NAE_ERA_R-2324_Eesti_Vabariigi_Pohiseaduslik_Assamblee, lk 85
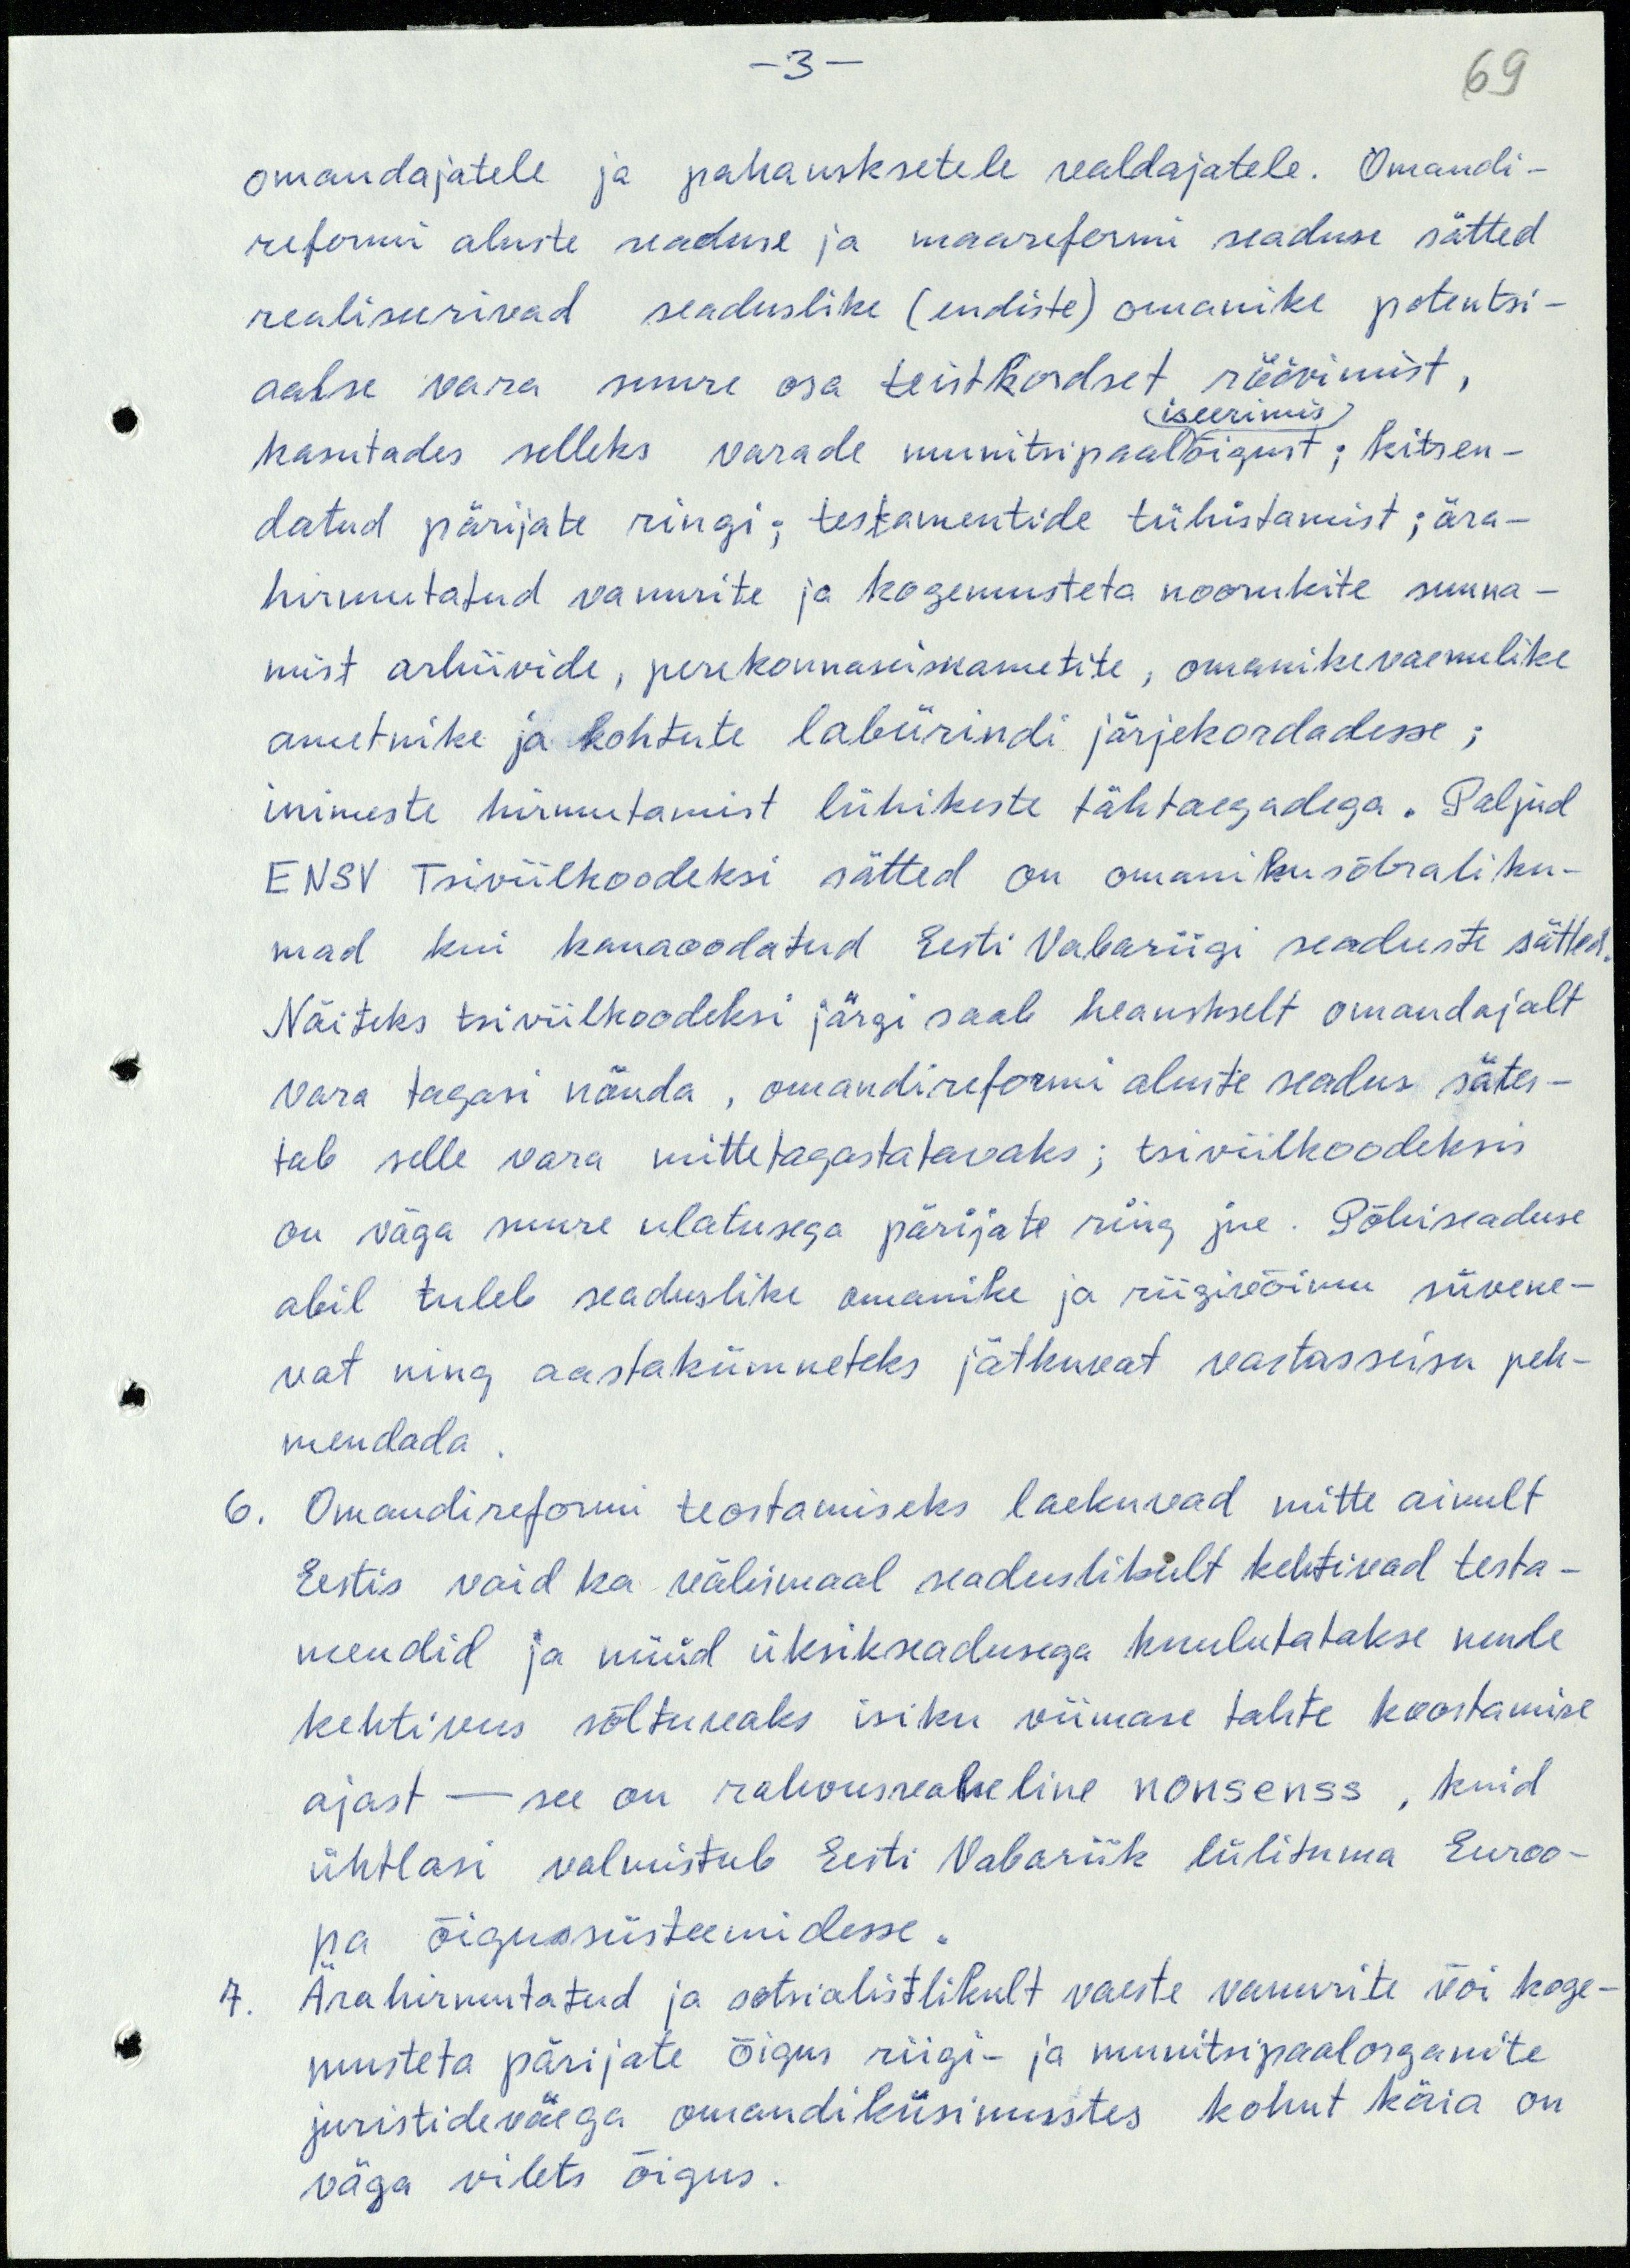
-3 -
69
omandajatele ja pahausksetele valdajatele. Omandi-
reformi aluste seaduse ja maareformi seaduse sätted
realiseerivad seaduslike (endiste) omanike potentsi-
aalse vara suure osa teistkordset röövimist,
(iseerimis)
kasutades selleks varade munitsipaalõigust; kitsen-
datud pärijate ringi; testamentide tühistamist; ära-
hirmutatud vanurite ja kogemusteta noorukite suuna-
mist arhiivide, perekonnaseisuametite, omanikevaenulike
ametnike ja kohtute labürindi järjekordadesse;
inimeste hirmutamist lühikeste tähtaegadega. Paljud
ENSV Tsiviilkoodeksi sätted on omanikusõbraliku-
mad kui kauaoodatud Eesti Vabariigi seaduste sätted.
Näiteks tsiviilkoodeksi järgi saab heauskselt omandajalt
vara tagasi nõuda, omandireformi aluste seadus sätes-
tab selle vara mittetagastatavaks; tsiviilkoodeksis
on väga suure ulatusega pärijate ring jne. Põhiseaduse
abil tuleb seaduslike omanike ja riigivõimu süvene-
vat ning aastakümneteks jätkuvat vastasseisu peh-
mendada.
6. Omandireformi teostamiseks laekuvad mitte ainult
Eestis vaid ka välismaal seaduslikult kehtivad testa-
mendid ja nüüd üksikseadusega kuulutatakse nende
kehtivus sõltuvaks isiku viimase tahte koostamise
ajast - see on rahvusvaheline nonsenss, kuid
ühtlasi valmistub Eesti Vabariik lülituma Euroo-
pa õigussüsteemidesse.
7. Ärahirmutatud ja sotsialistlikult vaeste vanurite või koge-
musteta pärijate õigus riigi- ja munitsipaalorganite
juristideväega omandiküsimustes kohut käia on
väga vilets õigus.